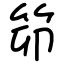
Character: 笷